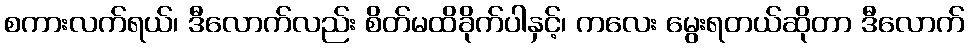
စကားလက်ရယ်၊ ဒီလောက်လည်း စိတ်မထိခိုက်ပါနှင့်၊ ကလေး မွေးရတယ်ဆိုတာ ဒီလောက်